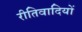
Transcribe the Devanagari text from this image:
रीतिवादियों